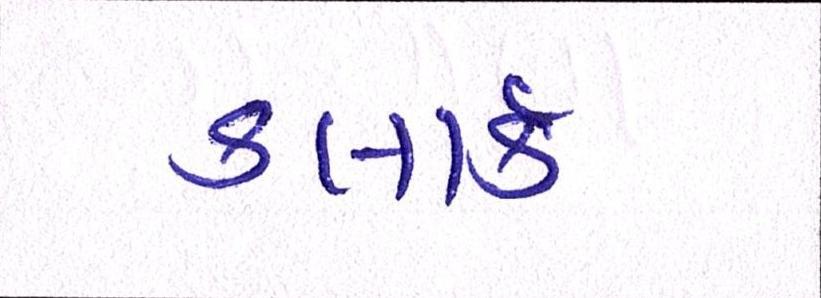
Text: કલાર્ક